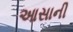
આસાની